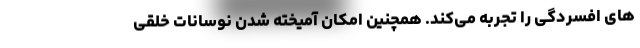
های افسردگی را تجربه می‌کند. همچنین امکان آمیخته شدنِ نوسانات خلقی